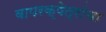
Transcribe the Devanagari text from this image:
वापरक्षेत्रांचा